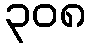
၃၀၈